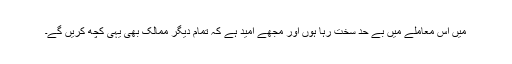
میں اس معاملے میں بے حد سخت رہا ہوں اور مجھے امید ہے کہ تمام دیگر ممالک بھی یہی کچھ کریں گے۔